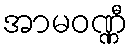
အာမဝဏ္ဏီ